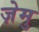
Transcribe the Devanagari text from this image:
ज़ेमु